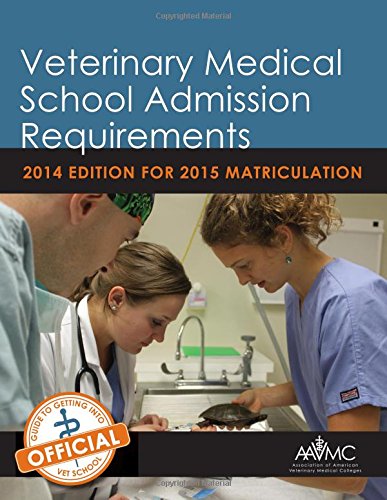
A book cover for Veterinary Medical School Admission Requirements (VMSAR): 2014 Edition for 2015 Matriculation (Veterinary Medical School Admission Requirements in the United States and Canada); Association of American Veterinary Medical Colleges (AAVMC); Test Preparation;